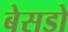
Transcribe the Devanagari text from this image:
बेसडो